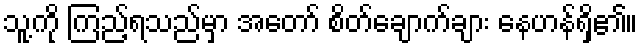
သူ့ကို ကြည့်ရသည်မှာ အတော် စိတ်ချောက်ချား နေဟန်ရှိ၏။